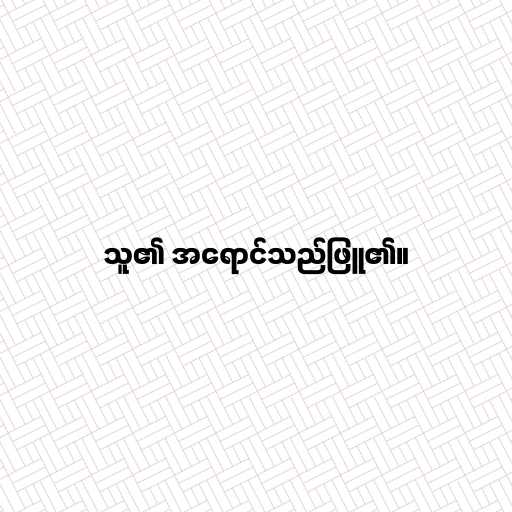
သူ၏ အရောင်သည်ဖြူ၏။